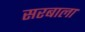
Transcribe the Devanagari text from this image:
सरबाला